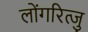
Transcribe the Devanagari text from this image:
लोंगरित्जु